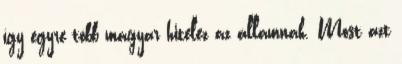
így egyre több magyar hitelez az államnak. Most azt